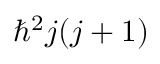
\hbar ^ { 2 } j ( j + 1 )